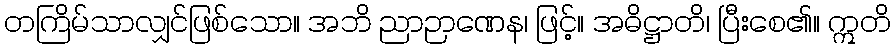
တကြိမ်သာလျှင်ဖြစ်သော။ အဘိ ညာဉာဏေန၊ ဖြင့်။ အဓိဋ္ဌာတိ၊ ပြီးစေ၏။ ဣတိ